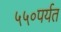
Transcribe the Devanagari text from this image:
५५०पर्यत